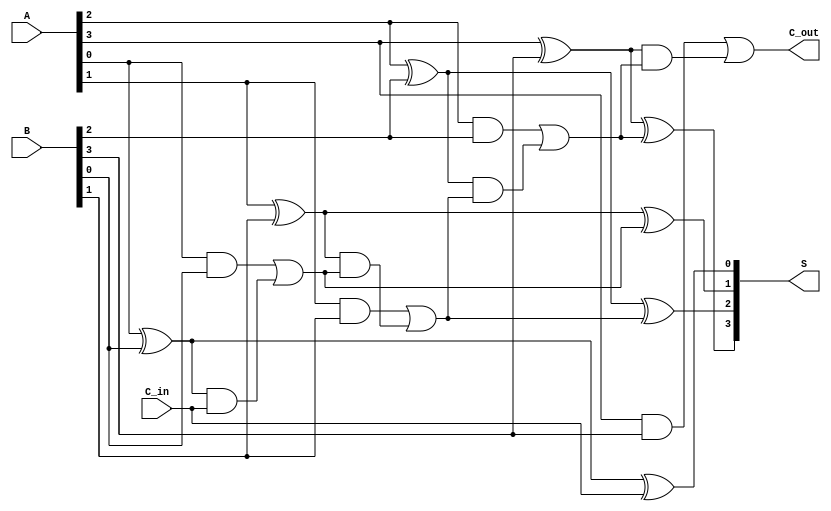
module parallel_full_adder #(parameter n = 4) (
    input  [n-1:0] A,        // n-bit binary number A
    input  [n-1:0] B,        // n-bit binary number B
    input         C_in,      // Carry-in for the least significant bit
    output [n-1:0] S,        // n-bit sum output
    output        C_out       // Carry-out from the most significant bit
);
    // Internal carry wire
    wire [n:0] carry; // Carry wire, one extra bit for carry-out

    // Assign the initial carry-in
    assign carry[0] = C_in;

    // Generate full adders for each bit
    genvar i;
    generate
        for (i = 0; i < n; i = i + 1) begin : full_adder
            // Full adder logic
            assign S[i] = A[i] ^ B[i] ^ carry[i]; // Sum calculation
            assign carry[i + 1] = (A[i] & B[i]) | ((A[i] ^ B[i]) & carry[i]); // Carry calculation
        end
    endgenerate

    // Final carry-out
    assign C_out = carry[n]; // The carry-out from the last full adder

endmodule